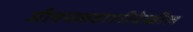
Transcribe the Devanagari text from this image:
जीवनकहाणीदेखील